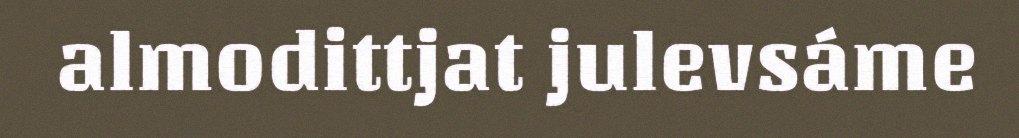
almodittjat julevsáme